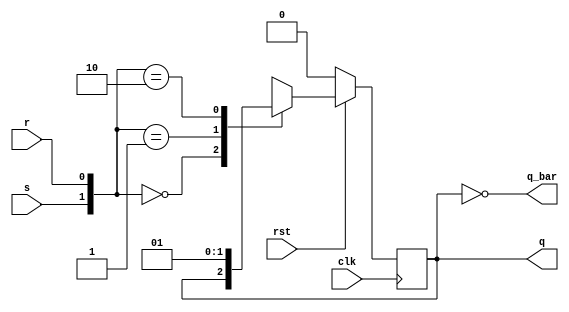
module SR (
  input clk, rst,
  input s,r,
  output reg q,
  output q_bar
  );
  
  
  always@(posedge clk) begin 
    if(!rst) q <= 0;
    else begin
      case({s,r})
        2'b00: q <= q;    
        2'b01: q <= 1'b0;
        2'b10: q <= 1'b1; 
        2'b11: q <= 1'bx; 
      endcase
    end
  end
  assign q_bar = ~q;
endmodule